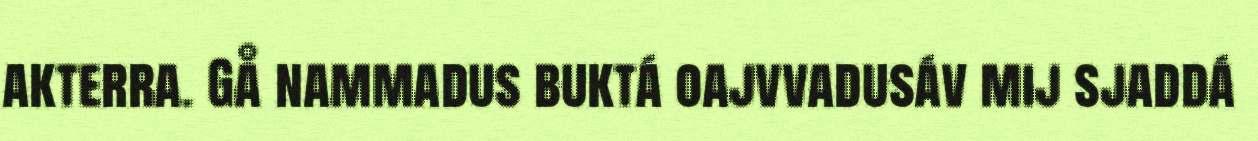
akterra. Gå nammadus buktá oajvvadusáv mij sjaddá